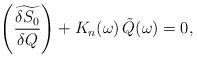
LaTeX: \begin{align*}\left(\widetilde{\frac{\delta S_0}{\delta Q}}\right)+K_n(\omega)\,\tilde{Q}(\omega)=0,\end{align*}